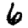
Digit: 6